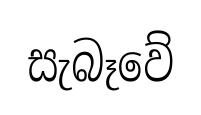
සැබෑවේ